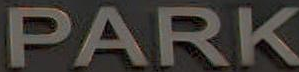
PARK